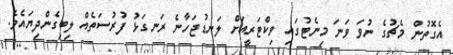
އެގޮތުން މެޗުގެ ނުވަ ވަނަ މިނެޓުގައި ވިކްޓަރީއަށް ލަނޑުޖަހާނެ ރަނގަޅު ފުރުސަތެއް ލިބިގެންދިޔައެވެ.